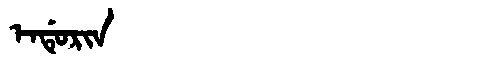
Manchu: ᡝᠨᡩᡠᡵᡳᠨ
Romanization: ENDURIN